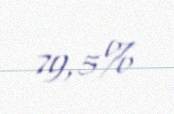
79,5%